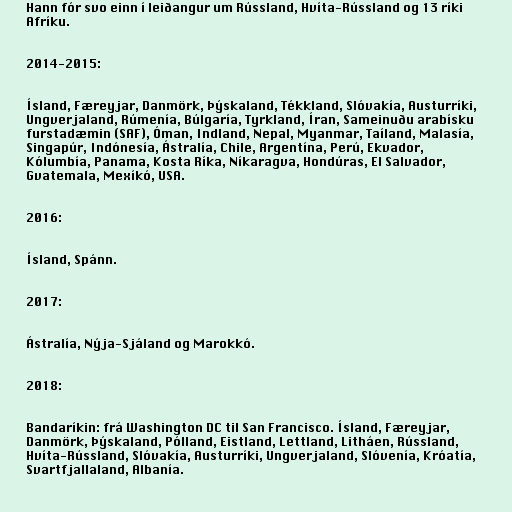
Hann fór svo einn í leiðangur um Rússland, Hvíta-Rússland og 13 ríki
Afríku.

2014-2015:

Ísland, Færeyjar, Danmörk, Þýskaland, Tékkland, Slóvakía, Austurríki,
Ungverjaland, Rúmenía, Búlgaría, Tyrkland, Íran, Sameinuðu arabísku
furstadæmin (SAF), Óman, Indland, Nepal, Myanmar, Taíland, Malasía,
Singapúr, Indónesía, Ástralía, Chile, Argentína, Perú, Ekvador,
Kólumbía, Panama, Kosta Ríka, Níkaragva, Hondúras, El Salvador,
Gvatemala, Mexíkó, USA.

2016:

Ísland, Spánn.

2017:

Ástralía, Nýja-Sjáland og Marokkó.

2018:

Bandaríkin: frá Washington DC til San Francisco. Ísland, Færeyjar,
Danmörk, Þýskaland, Pólland, Eistland, Lettland, Litháen, Rússland,
Hvíta-Rússland, Slóvakía, Austurríki, Ungverjaland, Slóvenía, Króatía,
Svartfjallaland, Albanía.